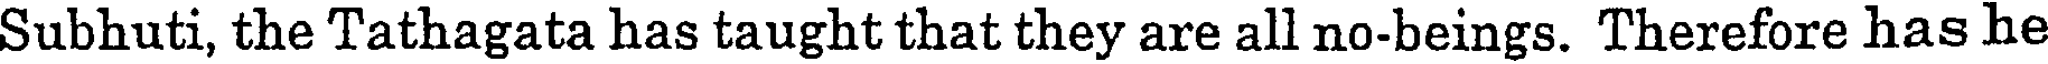
Subhuti, the Tathagata has taught that they are all no-beings. Therefore has he